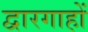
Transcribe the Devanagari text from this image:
द्वारगाहों